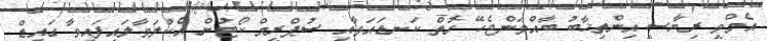
އެމްވީ ރިޔާސީ އިންތިޚާބު ބާއްވަންޖެހޭ ގޮތް ކަނޑައަޅާއި ސުޕްރީމް ކޯޓުން އެކުލަވާލައިފައިވާ ގައިޑް